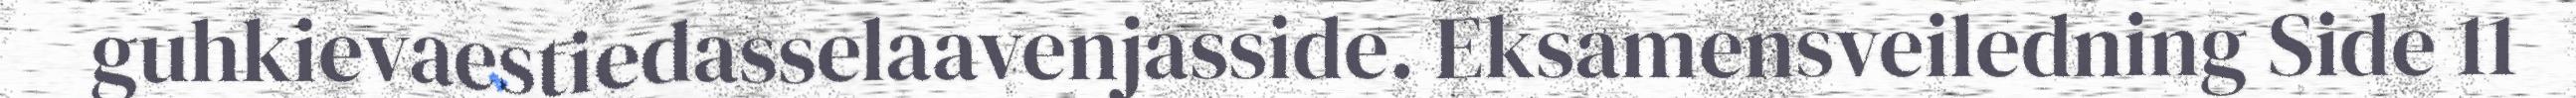
guhkievaestiedasselaavenjasside. Eksamensveiledning Side 11